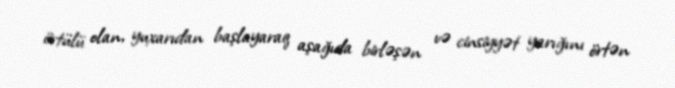
örtülü olan, yuxarıdan başlayaraq aşağıda birləşən və cinsiyyət yarığını örtən